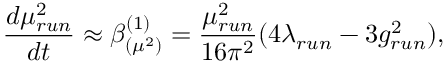
\frac { d \mu _ { r u n } ^ { 2 } } { d t } \approx \beta _ { ( \mu ^ { 2 } ) } ^ { ( 1 ) } = \frac { \mu _ { r u n } ^ { 2 } } { 1 6 \pi ^ { 2 } } ( 4 \lambda _ { r u n } - 3 g _ { r u n } ^ { 2 } ) ,